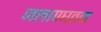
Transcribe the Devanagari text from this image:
जलापघतन